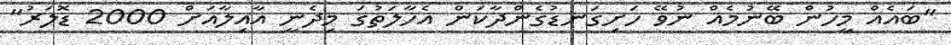
"ބައެއް މީހުން ބޭނުމެއް ނުވޭ ހަށިގަނޑުގެންދާކަަން އެހާލަތުގަ މިދެނީ އާއިލާއަށް 2000 ޑޮލަރު"